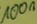
Text: 100n